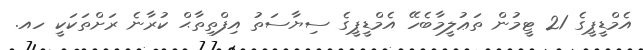
އެމްޑީޕީގެ 21 ޓީމުން ތަޢުލީމާބެހޭ އެމްޑީޕީގެ ސިޔާސަތު އިފްތިތާޙް ކުރާނެ ރަށްތަކަކީ ހއ.